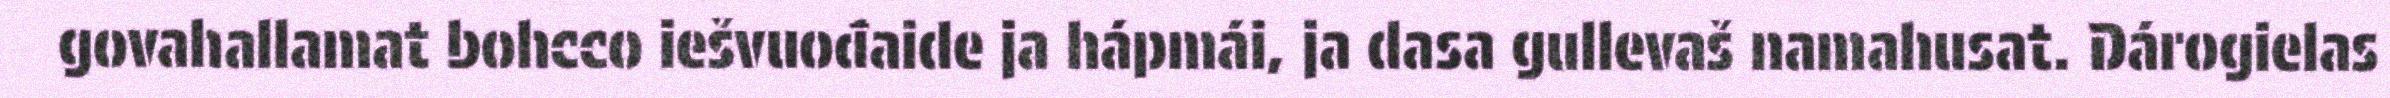
govahallamat bohcco iešvuođaide ja hápmái, ja dasa gullevaš namahusat. Dárogielas